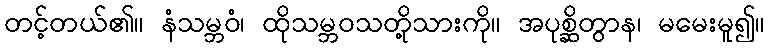
တင့်တယ်၏။ နံသမ္ဘဝံ၊ ထိုသမ္ဘဝသတို့သားကို။ အပုစ္ဆိတွာန၊ မမေးမူ၍။